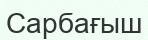
Сарбағыш